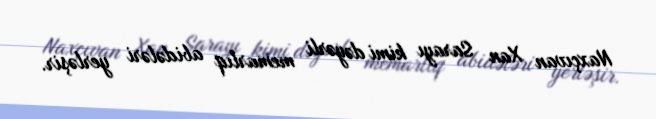
Naxçıvan Xan Sarayı kimi dəyərli memarlıq abidələri yerləşir.